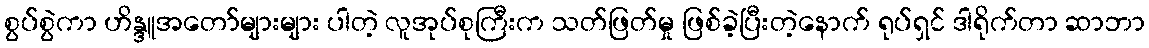
စွပ်စွဲကာ ဟိန္ဒူအတော်များများ ပါတဲ့ လူအုပ်စုကြီးက သတ်ဖြတ်မှု ဖြစ်ခဲ့ပြီးတဲ့နောက် ရုပ်ရှင် ဒါရိုက်တာ ဆာဘာ